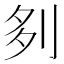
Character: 𠛫